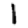
Digit: 1